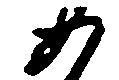
あ